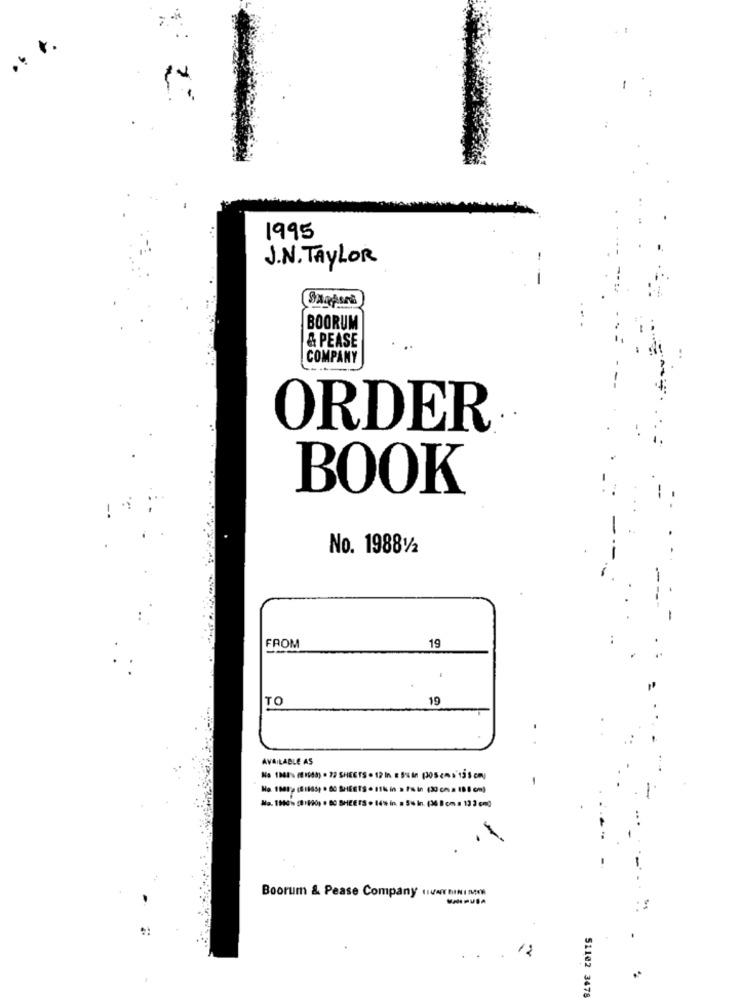
1995
J.N. TAYLOR
--
SARpara
BOORUM
& PEASE
COMPANY
ORDER
BOOK
No. 19881/2
FROM
19
TO
19
-
AVAILABLE AS
Na 1968% (81948) . 22 SHEETS . 12 In 8 5%in (205cm )'13 5 cm)
No. 1001 (81805) * 80 SHEETS · 116 in a /s in (30 cm = 18 8 cm)
Mo. 1900% (81490) · 80 SHEETS . 14% in. # 5% In. (30 8 cm a 12 3 p=))
Boorum & Pease Company HIJAY BINI MIN
---
12
51102 3478